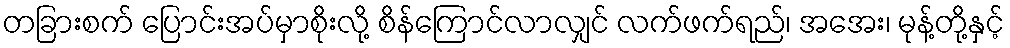
တခြားစက် ပြောင်းအပ်မှာစိုးလို့ စိန်ကြောင်လာလျှင် လက်ဖက်ရည်၊ အအေး၊ မုန့်တို့နှင့်